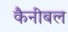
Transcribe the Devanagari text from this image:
कैनीबल